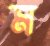
ম